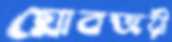
গ্লোবজয়ী